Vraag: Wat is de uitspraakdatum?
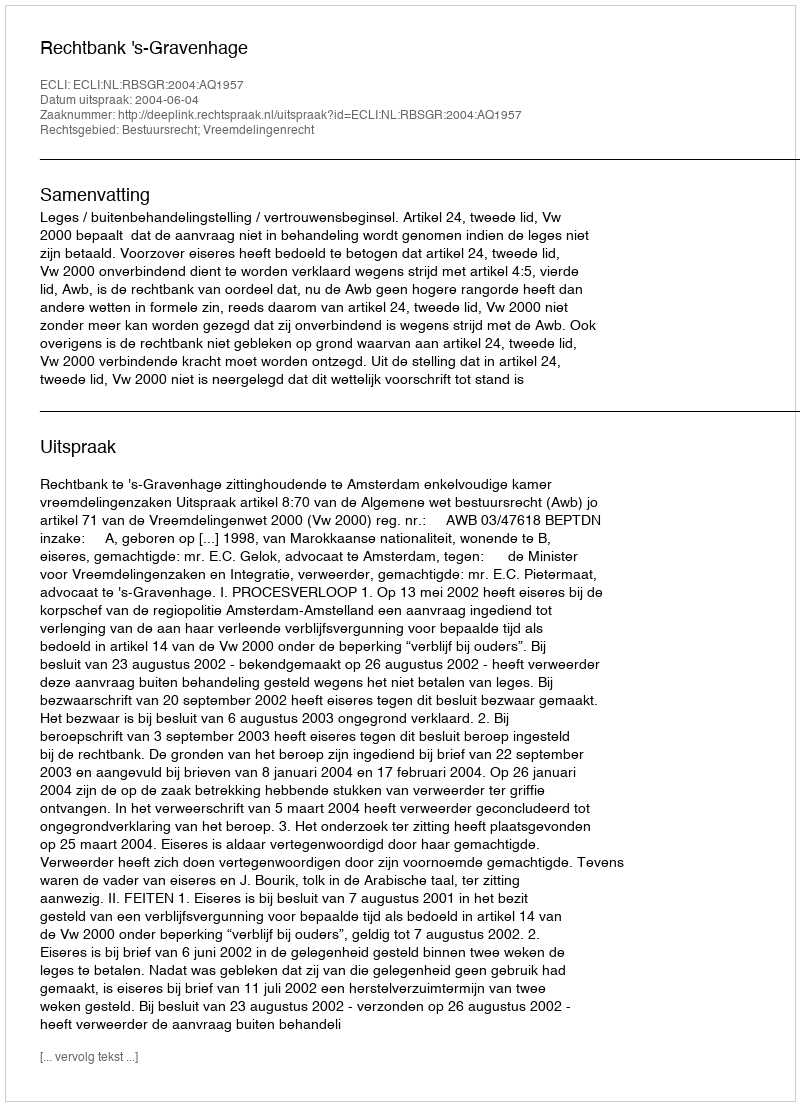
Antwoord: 2004-06-04